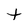
Character: t